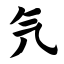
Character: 氕